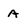
Character: A